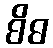
စိဓ